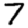
Digit: 7